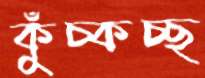
কুঁচ্‌কচ্ছ